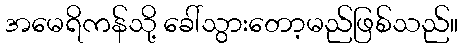
အမေရိကန်သို့ ခေါ်သွားတော့မည်ဖြစ်သည်။